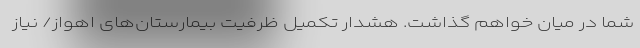
شما در میان خواهم گذاشت. هشدار تکمیل ظرفیت بیمارستان‌های اهواز/ نیاز